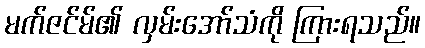
မက်ဇင်မ်၏ လှမ်းအော်သံကို ကြားရသည်။